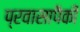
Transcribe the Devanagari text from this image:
प्रवासापैकी